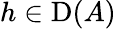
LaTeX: h\in\operatorname{D}(A)